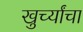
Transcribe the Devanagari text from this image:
खुर्च्यांचा